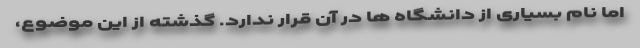
اما نام بسیاری از دانشگاه ها در آن قرار ندارد. گذشته از این موضوع،